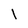
Character: l